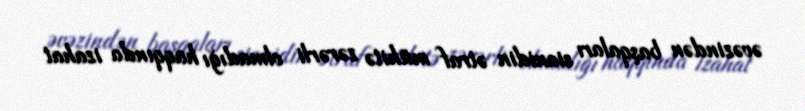
əvəzindən başqaları sianidin ətraf mühitə zərərli olmadığı haqqında izahat